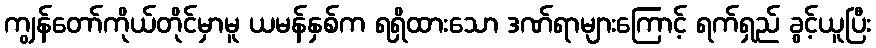
ကျွန်တော်ကိုယ်တိုင်မှာမူ ယမန်နှစ်က ရရှိထားသော ဒဏ်ရာများကြောင့် ရက်ရှည် ခွင့်ယူပြီး